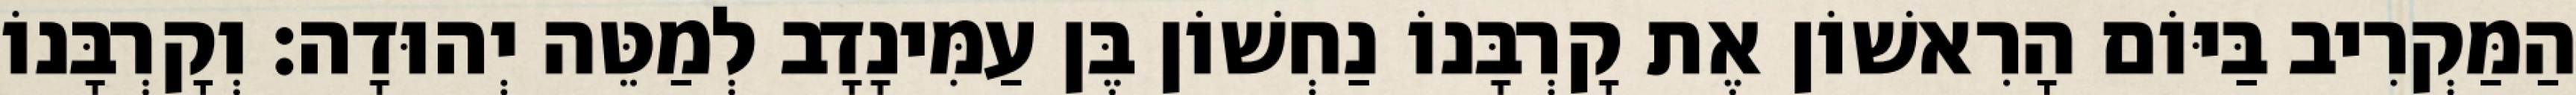
הַמַּקְרִיב בַּיּוֹם הָרִאשׁוֹן אֶת קָרְבָּנוֹ נַחְשׁוֹן בֶּן עַמִּינָדָב לְמַטֵּה יְהוּדָה׃ וְקָרְבָּנוֹ